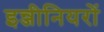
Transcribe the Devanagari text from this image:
इन्जीनियरों